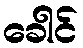
ခေါင်